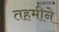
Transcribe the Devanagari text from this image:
तहमीने